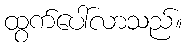
ထွက်ပေါ်လာသည်။